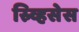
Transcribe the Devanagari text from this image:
स्र्व्हिसेस